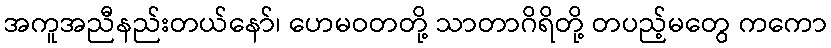
အကူအညီနည်းတယ်နော်၊ ဟေမဝတတို့ သာတာဂိရိတို့ တပည့်မတွေ ကကော